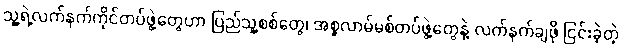
သူ့ရဲ့လက်နက်ကိုင်တပ်ဖွဲ့တွေဟာ ပြည်သူ့စစ်တွေ၊ အစ္စလာမ်မစ်တပ်ဖွဲ့တွေနဲ့ လက်နက်ချဖို ငြင်းခဲ့တဲ့